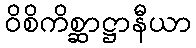
ဝိစိကိစ္ဆာဋ္ဌာနီယာ